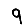
Digit: 9